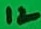
Text: 12